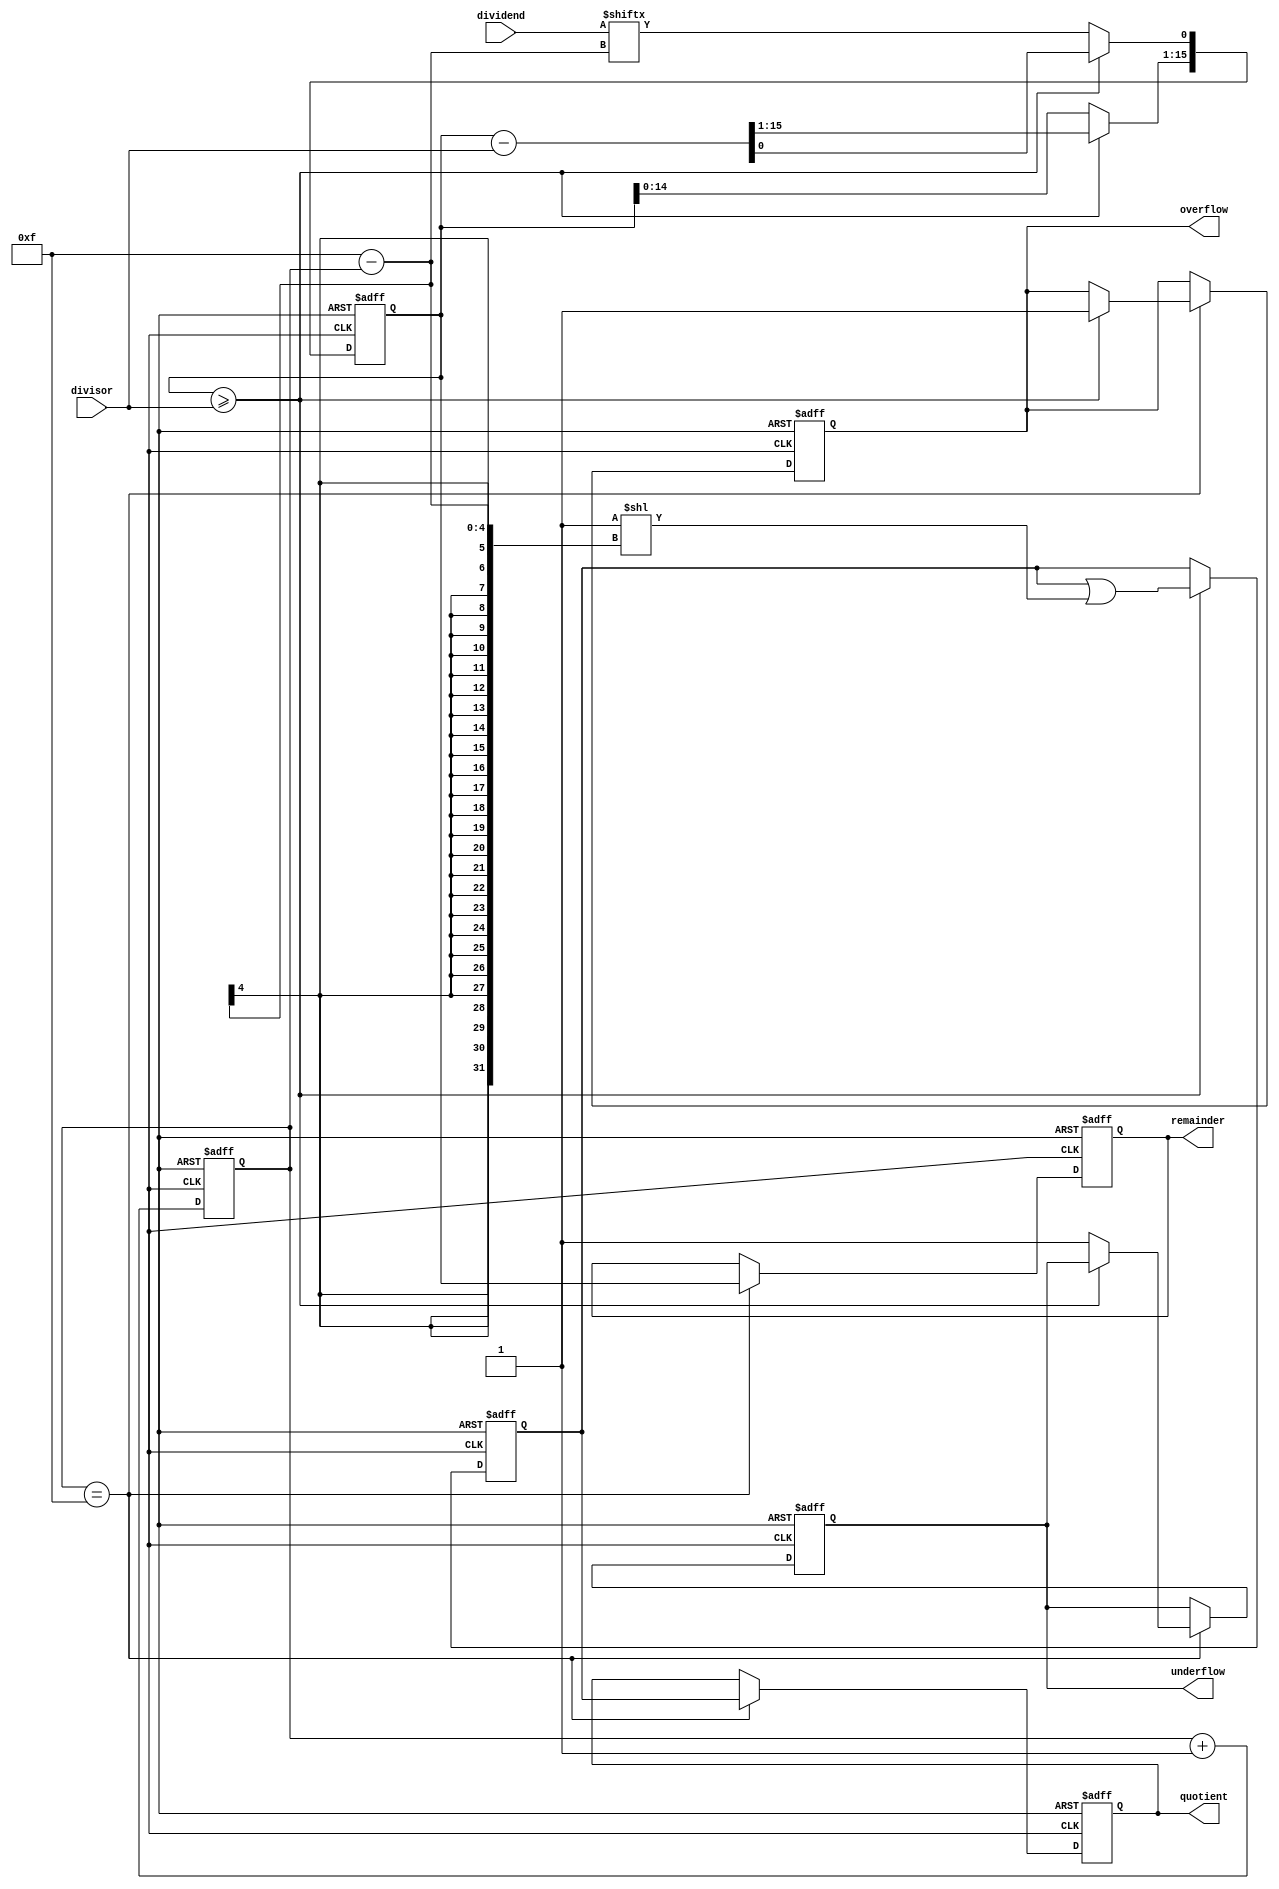
module RestoringDivider (
    input wire [15:0] dividend,
    input wire [15:0] divisor,
    output reg [15:0] quotient,
    output reg [15:0] remainder,
    output reg overflow,
    output reg underflow
);

reg [15:0] temp_remainder;
reg [15:0] temp_quotient;
reg [3:0] count;

always @(posedge clk or posedge rst) begin
    if (rst) begin
        temp_remainder <= 16'b0;
        temp_quotient <= 16'b0;
        count <= 4'b0;
        quotient <= 16'b0;
        remainder <= 16'b0;
        overflow <= 1'b0;
        underflow <= 1'b0;
    end else begin
        temp_remainder <= temp_remainder << 1;
        temp_remainder[0] <= dividend[15 - count];
        
        if (temp_remainder >= divisor) begin
            temp_remainder <= temp_remainder - divisor;
            temp_quotient <= temp_quotient | (1 << (15 - count));
        end
        
        count <= count + 1;
        
        if (count == 15) begin
            quotient <= temp_quotient;
            remainder <= temp_remainder;
            if (temp_remainder >= divisor) begin
                overflow <= 1'b1;
            end else begin
                underflow <= 1'b1;
            end
        end
    end
end

endmodule